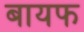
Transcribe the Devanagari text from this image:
बायफ